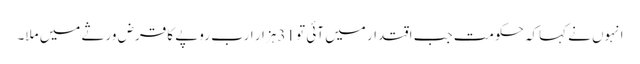
انہوں نے کہاکہ حکومت جب اقتدار میں آئی تو 31 ہزار ارب روپے کا قرض ورثے میں ملا۔